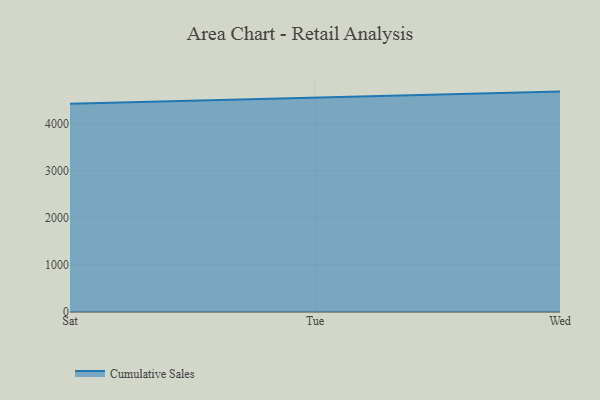
{"axis": {"x": "Day", "y": "Churn Rate (%)"}, "legend": ["Cumulative Sales"], "data": [{"x": "Sat", "y": 4423.6, "type": "Cumulative Sales"}, {"x": "Tue", "y": 4559.6, "type": "Cumulative Sales"}, {"x": "Wed", "y": 4680.4, "type": "Cumulative Sales"}]}